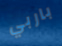
باربي